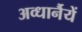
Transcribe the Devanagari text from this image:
अव्धार्नैयें